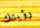
رؤيتك